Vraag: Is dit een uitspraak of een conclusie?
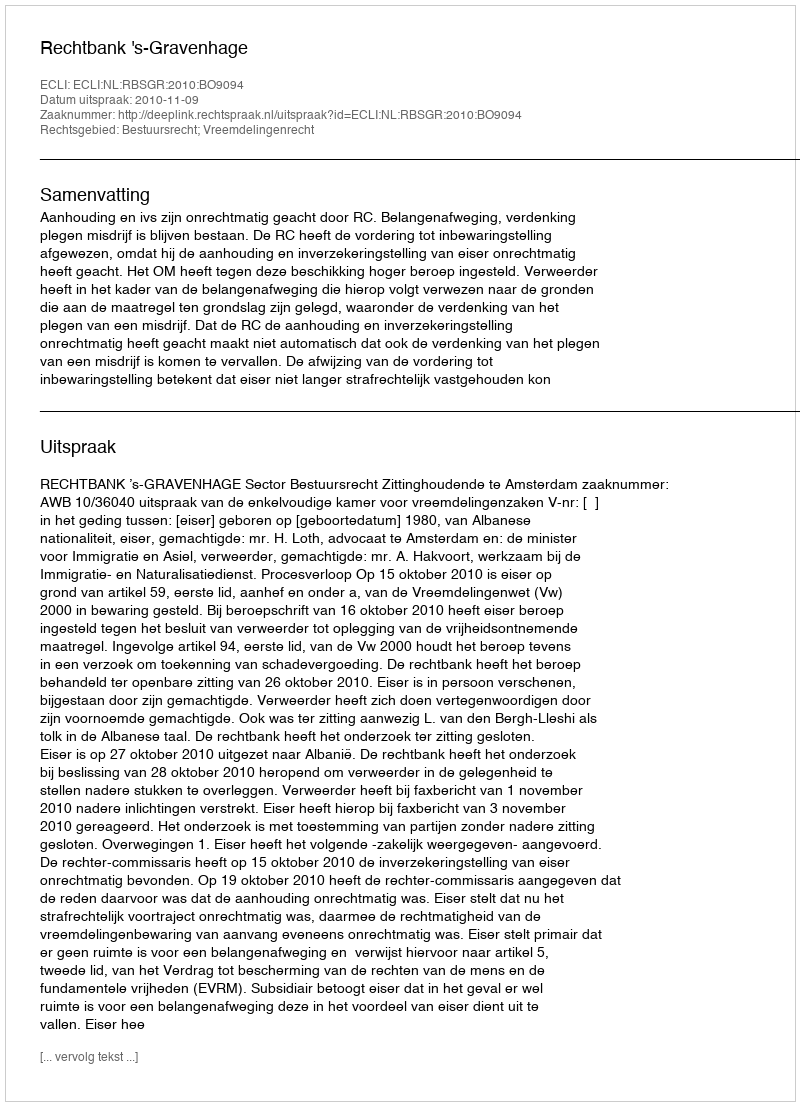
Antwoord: Uitspraak